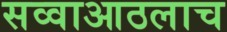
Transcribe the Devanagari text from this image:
सव्वाआठलाच